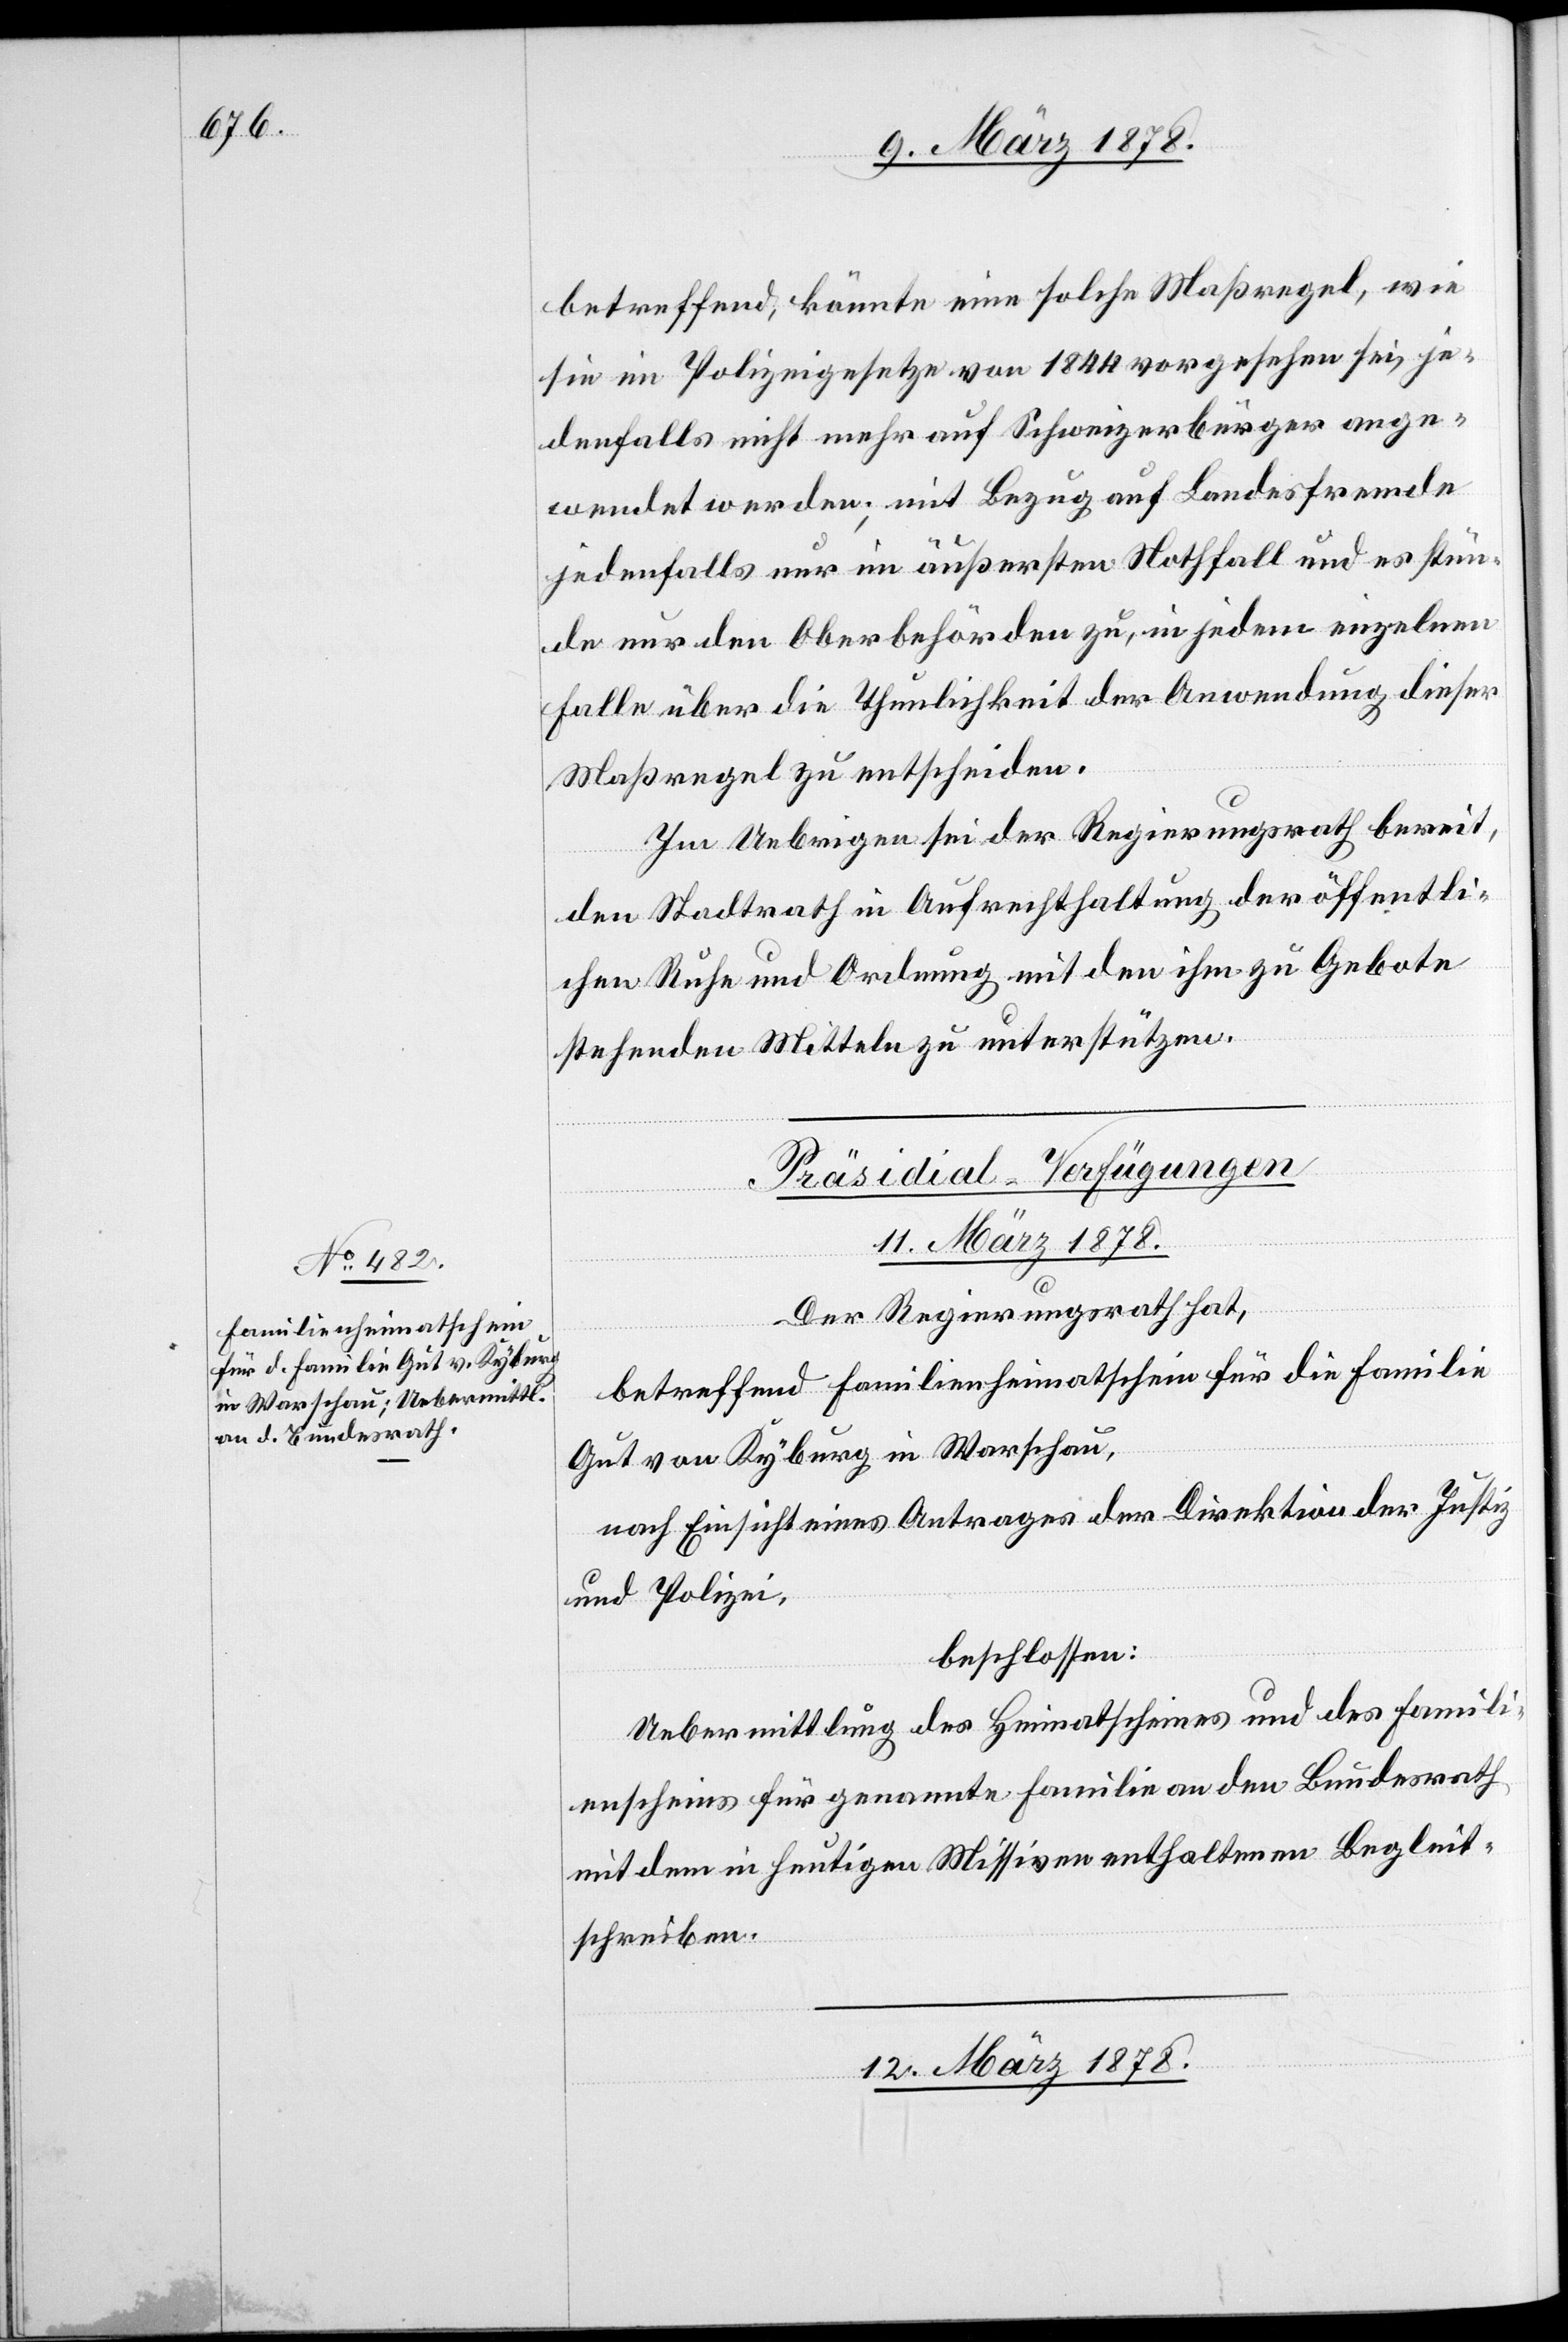
betreffend, könnte eine solche Maßregel, wie
sie im Polizeigesetze von 1844 vorgesehen sei, je¬
denfalls nicht mehr auf Schweizerbürger ange¬
wendet werden; mit Bezug auf Landesfremde
jedenfalls nur im äußersten Nothfall und es stün¬
de nur den Oberbehörden zu, in jedem einzelnen
Falle über die Thunlichkeit der Anwendung dieser
Maßregel zu entscheiden.
Im Uebrigen sei der Regierungsrath bereit,
den Stadtrath in Aufrechthaltung der öffentli¬
chen Ruhe und Ordnung mit den ihm zu Gebote
stehenden Mittleln zu unterstützen.
[Präsidial-Verfügungen]
12. März 1878.
Der Regierungsrath hat,
betreffend Familienheimatschein für die Familie
Gut von Kyburg in Warschau,
nach Einsicht eines Antrages der Direktion der Justiz
und Polizei,
beschlossen:
Uebermittlung des Heimatscheines und des Famili¬
enscheines für genannte Familie an den Bundesrath
mit dem in heutigen Missiven enthaltenen Begleit¬
schreiben.